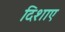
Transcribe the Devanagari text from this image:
दिशाए